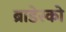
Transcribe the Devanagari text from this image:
ब्राडेस्को